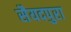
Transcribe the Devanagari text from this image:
सैयदपुरा